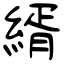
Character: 縃